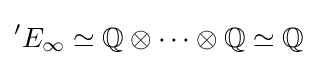
{}^{\prime }E_{\infty }\simeq \mathbb {Q} \otimes \dots \otimes \mathbb {Q} \simeq \mathbb {Q}